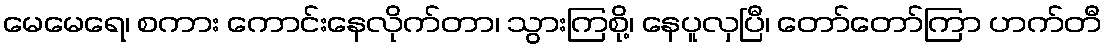
မေမေရေ၊ စကား ကောင်းနေလိုက်တာ၊ သွားကြစို့၊ နေပူလှပြီ၊ တော်တော်ကြာ ဟက်တီ